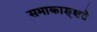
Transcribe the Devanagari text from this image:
समाकाङ्क्षते